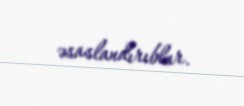
əsaslandırıblar.